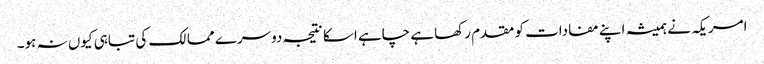
امریکہ نے ہمیشہ اپنے مفادات کو مقدم رکھا ہے چاہے اسکا نتیجہ دوسرے ممالک کی تباہی کیوں نہ ہو۔